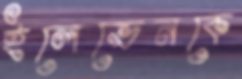
ইলেভেনকে